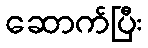
ဆောက်ပြီး